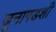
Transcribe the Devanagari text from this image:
जुनागडशी